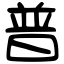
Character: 普